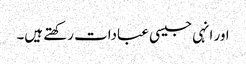
اور انہی جیسی عبادات رکھتے ہیں۔